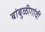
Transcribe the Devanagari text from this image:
बांबुळीगांवीं